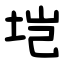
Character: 垲